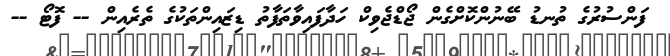
ފަންސުރުގެ ތުނޑު ބޭނުންކޮށްގެން ޖޯޑްޖެވިކް ހަދާފައިވާތަފާތު ޑިޒައިންތަކުގެ ތެރެއިން -- ފޮޓޯ --